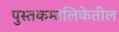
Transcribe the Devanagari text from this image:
पुस्तकमालिकेतील